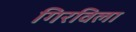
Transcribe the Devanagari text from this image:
गिरविला